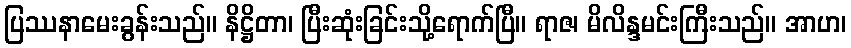
ပြဿနာမေးခွန်းသည်။ နိဋ္ဌိတာ၊ ပြီးဆုံးခြင်းသို့ရောက်ပြီ။ ရာဇ၊ မိလိန္ဒမင်းကြီးသည်။ အာဟ၊